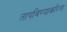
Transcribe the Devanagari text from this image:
तापविण्याकरिता